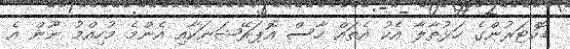
ޑޮކްޓަރުންގެ ހަޅުތާލާ އެކު އެތައް ހާސް އޮޕަރޭޝަނަކާއި އެންމެ މުހިއްމު ނޫން އެ